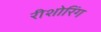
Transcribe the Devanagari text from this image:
रीशोरिंग